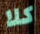
كلا